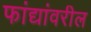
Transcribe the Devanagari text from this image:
फांद्यांवरील